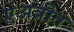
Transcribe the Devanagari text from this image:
एअत्रीत